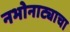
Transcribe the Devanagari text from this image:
नभोनाट्याचा